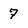
Character: 7